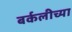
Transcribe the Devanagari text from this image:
बर्कलीच्या